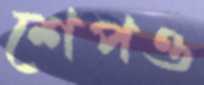
শেপও